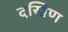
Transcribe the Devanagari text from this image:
दखिण